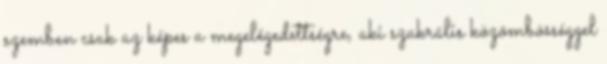
szemben csak az képes a megelégedettségre, aki szakrális közömbösséggel